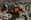
صحيح